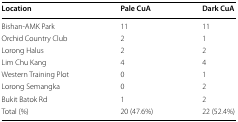
<table><thead><tr><td><b>Location</b></td><td><b>Pale CuA</b></td><td><b>Dark CuA</b></td></tr></thead><tbody><tr><td>Bishan-AMK Park</td><td>11</td><td>11</td></tr><tr><td>Orchid Country Club</td><td>2</td><td>1</td></tr><tr><td>Lorong Halus</td><td>2</td><td>2</td></tr><tr><td>Lim Chu Kang</td><td>4</td><td>4</td></tr><tr><td>Western Training Plot</td><td>0</td><td>1</td></tr><tr><td>Lorong Semangka</td><td>0</td><td>2</td></tr><tr><td>Bukit Batok Rd</td><td>1</td><td>2</td></tr><tr><td>Total (%)</td><td>20 (47.6%)</td><td>22 (52.4%)</td></tr></tbody></table>